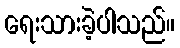
ရေးသားခဲ့ပါသည်။